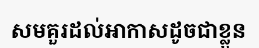
សមគួរដល់អាកាសដូចជាខ្លួន